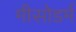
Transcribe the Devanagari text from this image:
मीसोडर्म